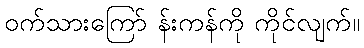
ဝက်သားကြော် န်းကန်ကို ကိုင်လျက်။